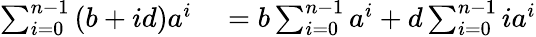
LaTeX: \begin{array}{rl}{\sum_{i=0}^{n-1}\left(b+id\right)a^{i}}&{{}=b\sum_{i=0}^{n-1}a^{i}+d\sum_{i=0}^{n-1}ia^{i}}\end{array}